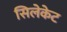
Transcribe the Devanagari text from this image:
सिलेकेट